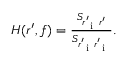
\begin{array} { r } { H ( r ^ { \prime } , f ) = \frac { S _ { r _ { \mathrm { ~ i ~ } } ^ { \prime } r ^ { \prime } } } { S _ { r _ { \mathrm { ~ i ~ } } ^ { \prime } r _ { \mathrm { ~ i ~ } } ^ { \prime } } } . } \end{array}